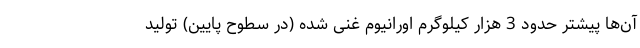
آن‌ها پیشتر حدود 3 هزار کیلوگرم اورانیوم غنی شده (در سطوح پایین) تولید